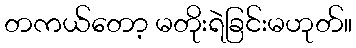
တကယ်တော့ မတိုးရဲခြင်းမဟုတ်။